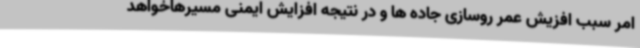
امر سبب افزیش عمر روسازی جاده ها و در نتیجه افزایش ایمنی مسیرهاخواهد